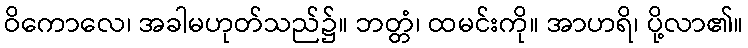
ဝိကောလေ၊ အခါမဟုတ်သည်၌။ ဘတ္တံ၊ ထမင်းကို။ အာဟရိ၊ ပို့လာ၏။